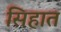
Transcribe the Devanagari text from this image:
सिहात